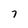
Character: 7